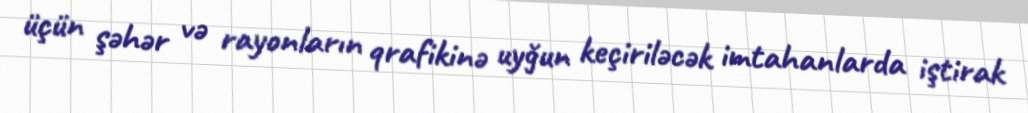
üçün şəhər və rayonların qrafikinə uyğun keçiriləcək imtahanlarda iştirak